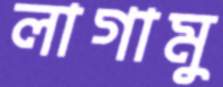
লাগামু